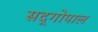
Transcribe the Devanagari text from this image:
सद्‍गोपाल